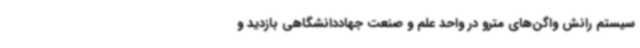
سیستم رانش واگن‌های مترو در واحد علم و صنعت جهاددانشگاهی بازدید و